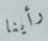
رأينا